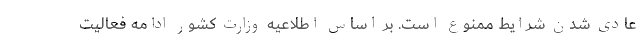
عادی شدن شرایط ممنوع است. بر اساس اطلاعیه وزارت کشور ادامه فعالیت